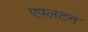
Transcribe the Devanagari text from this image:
एपलटन